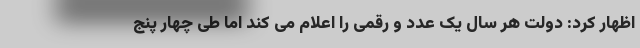
اظهار کرد: دولت هر سال یک عدد و رقمی را اعلام می کند اما طی چهار پنج